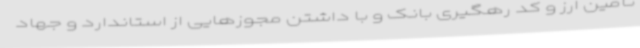
تامین ارز و کد رهگیری بانک و با داشتن مجوزهایی از استاندارد و جهاد